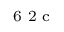
^ \textrm { \scriptsize 6 2 c }